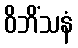
ဝိဘိံသနံ